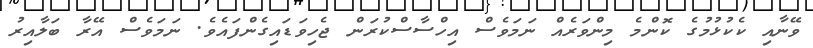
ވޭނާއި ކެކުޅުމުގެ ކޮންމެ މިންވަރެއް ނަމަވެސް އިހްސާސްކުރަން ޖެހިވަޑައިގެންފައެވެ. ނަމަވެސް އޭރާ ބަލާއިރު